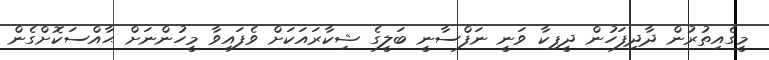
މީގެއިތުރުން ދާދިފަހުން ދީޕިކާ ވަނީ ނަފްސާނީ ބަލީގެ ޝިކާރައަކަށް ވެފައިވާ މީހުންނަށް ޙާއްސަކޮށްގެން